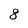
Character: 8